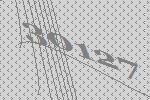
30127